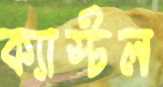
ক্যাস্টল